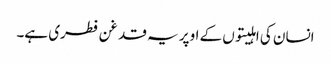
انسان کی اہلیتوں کے اوپر یہ قدغن فطری ہے۔